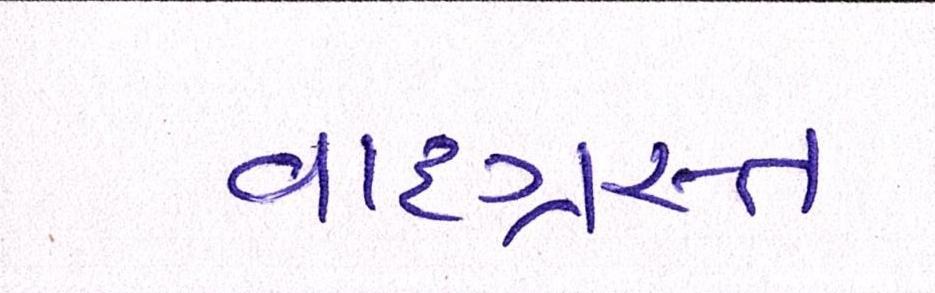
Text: વાદગ્રસ્ત